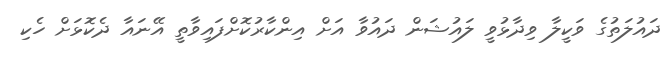
ދައުލަތުގެ ވަކީލާ ވިދާޅުވީ ލައުޝަން ދައުވާ އަށް އިންކާރުކޮށްފައިވާތީ އޭނައާ ދެކޮޅަށް ހެކި